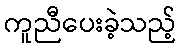
ကူညီပေးခဲ့သည့်